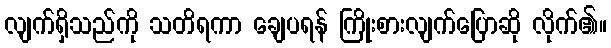
လျက်ရှိသည်ကို သတိရကာ ချေပရန် ကြိုးစားလျက်ပြောဆို လိုက်၏။